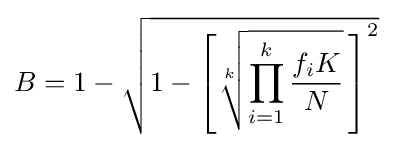
B=1-{\sqrt {1-\left[{\sqrt[{k}]{\prod _{i=1}^{k}{\frac {f_{i}K}{N}}}}\,\right]^{2}}}